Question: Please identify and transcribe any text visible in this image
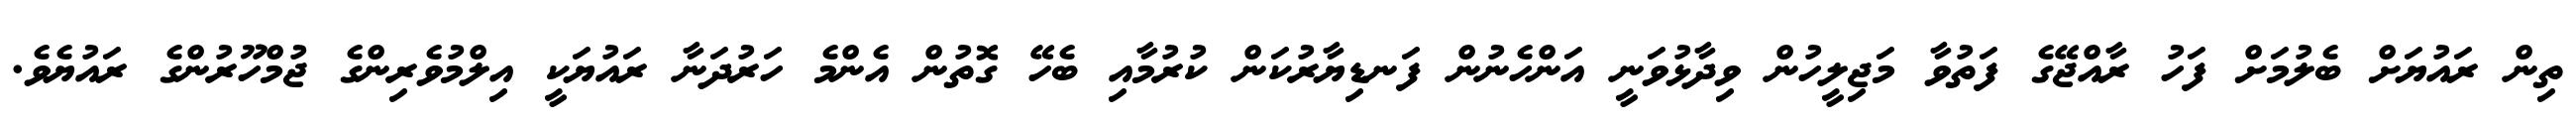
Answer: ތިން ރައުޔަށް ބެލުމަށް ފަހު ރާއްޖޭގެ ފަތުވާ މަޖިލީހުން ވިދާޅުވަނީ އަންހެނުން ފަނޑިޔާރުކަން ކުރުމާއި ބެހޭ ގޮތުން އެންމެ ހަރުދަނާ ރައުޔަކީ އިލްމުވެރިންގެ ޖުމްހޫރުންގެ ރައުޔެވެ.